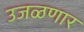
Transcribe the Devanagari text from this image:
उजळणार